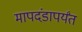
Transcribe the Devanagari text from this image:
मापदंडापर्यंत